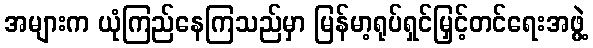
အများက ယုံကြည်နေကြသည်မှာ မြန်မာ့ရုပ်ရှင်မြှင့်တင်ရေးအဖွဲ့